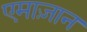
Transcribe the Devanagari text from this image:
एमाज़ान